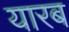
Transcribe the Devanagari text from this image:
यारब